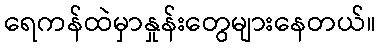
ရေကန်ထဲမှာနှုန်းတွေများနေတယ်။